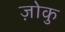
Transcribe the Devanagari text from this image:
ज़ोकु